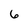
Character: 6